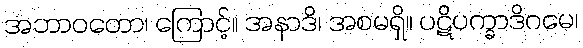
အဘာဝတော၊ ကြောင့်။ အနာဒိ၊ အစမရှိ။ ပဋိပက္ခာဒိဂမေ၊